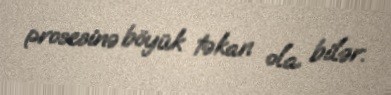
prosesinə böyük təkan ola bilər.